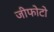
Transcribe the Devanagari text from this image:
जीफोटो